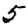
Digit: 5